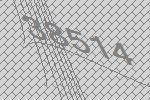
38514